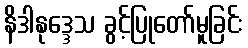
နိဒါနုဒ္ဒေသ ခွင့်ပြုတော်မူခြင်း